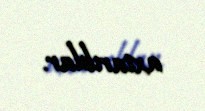
axtarıblar.